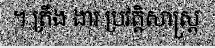
។ ត្រឹង ងារ ប្រវត្តិសាស្ត្រ